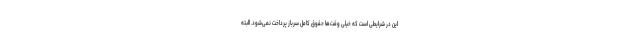
این در شرایطی است که خیلی وقت‌ها حقوق کامل سرباز پرداخت نمی‌شود. البته